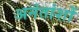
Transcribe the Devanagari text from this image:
अनंतांशों